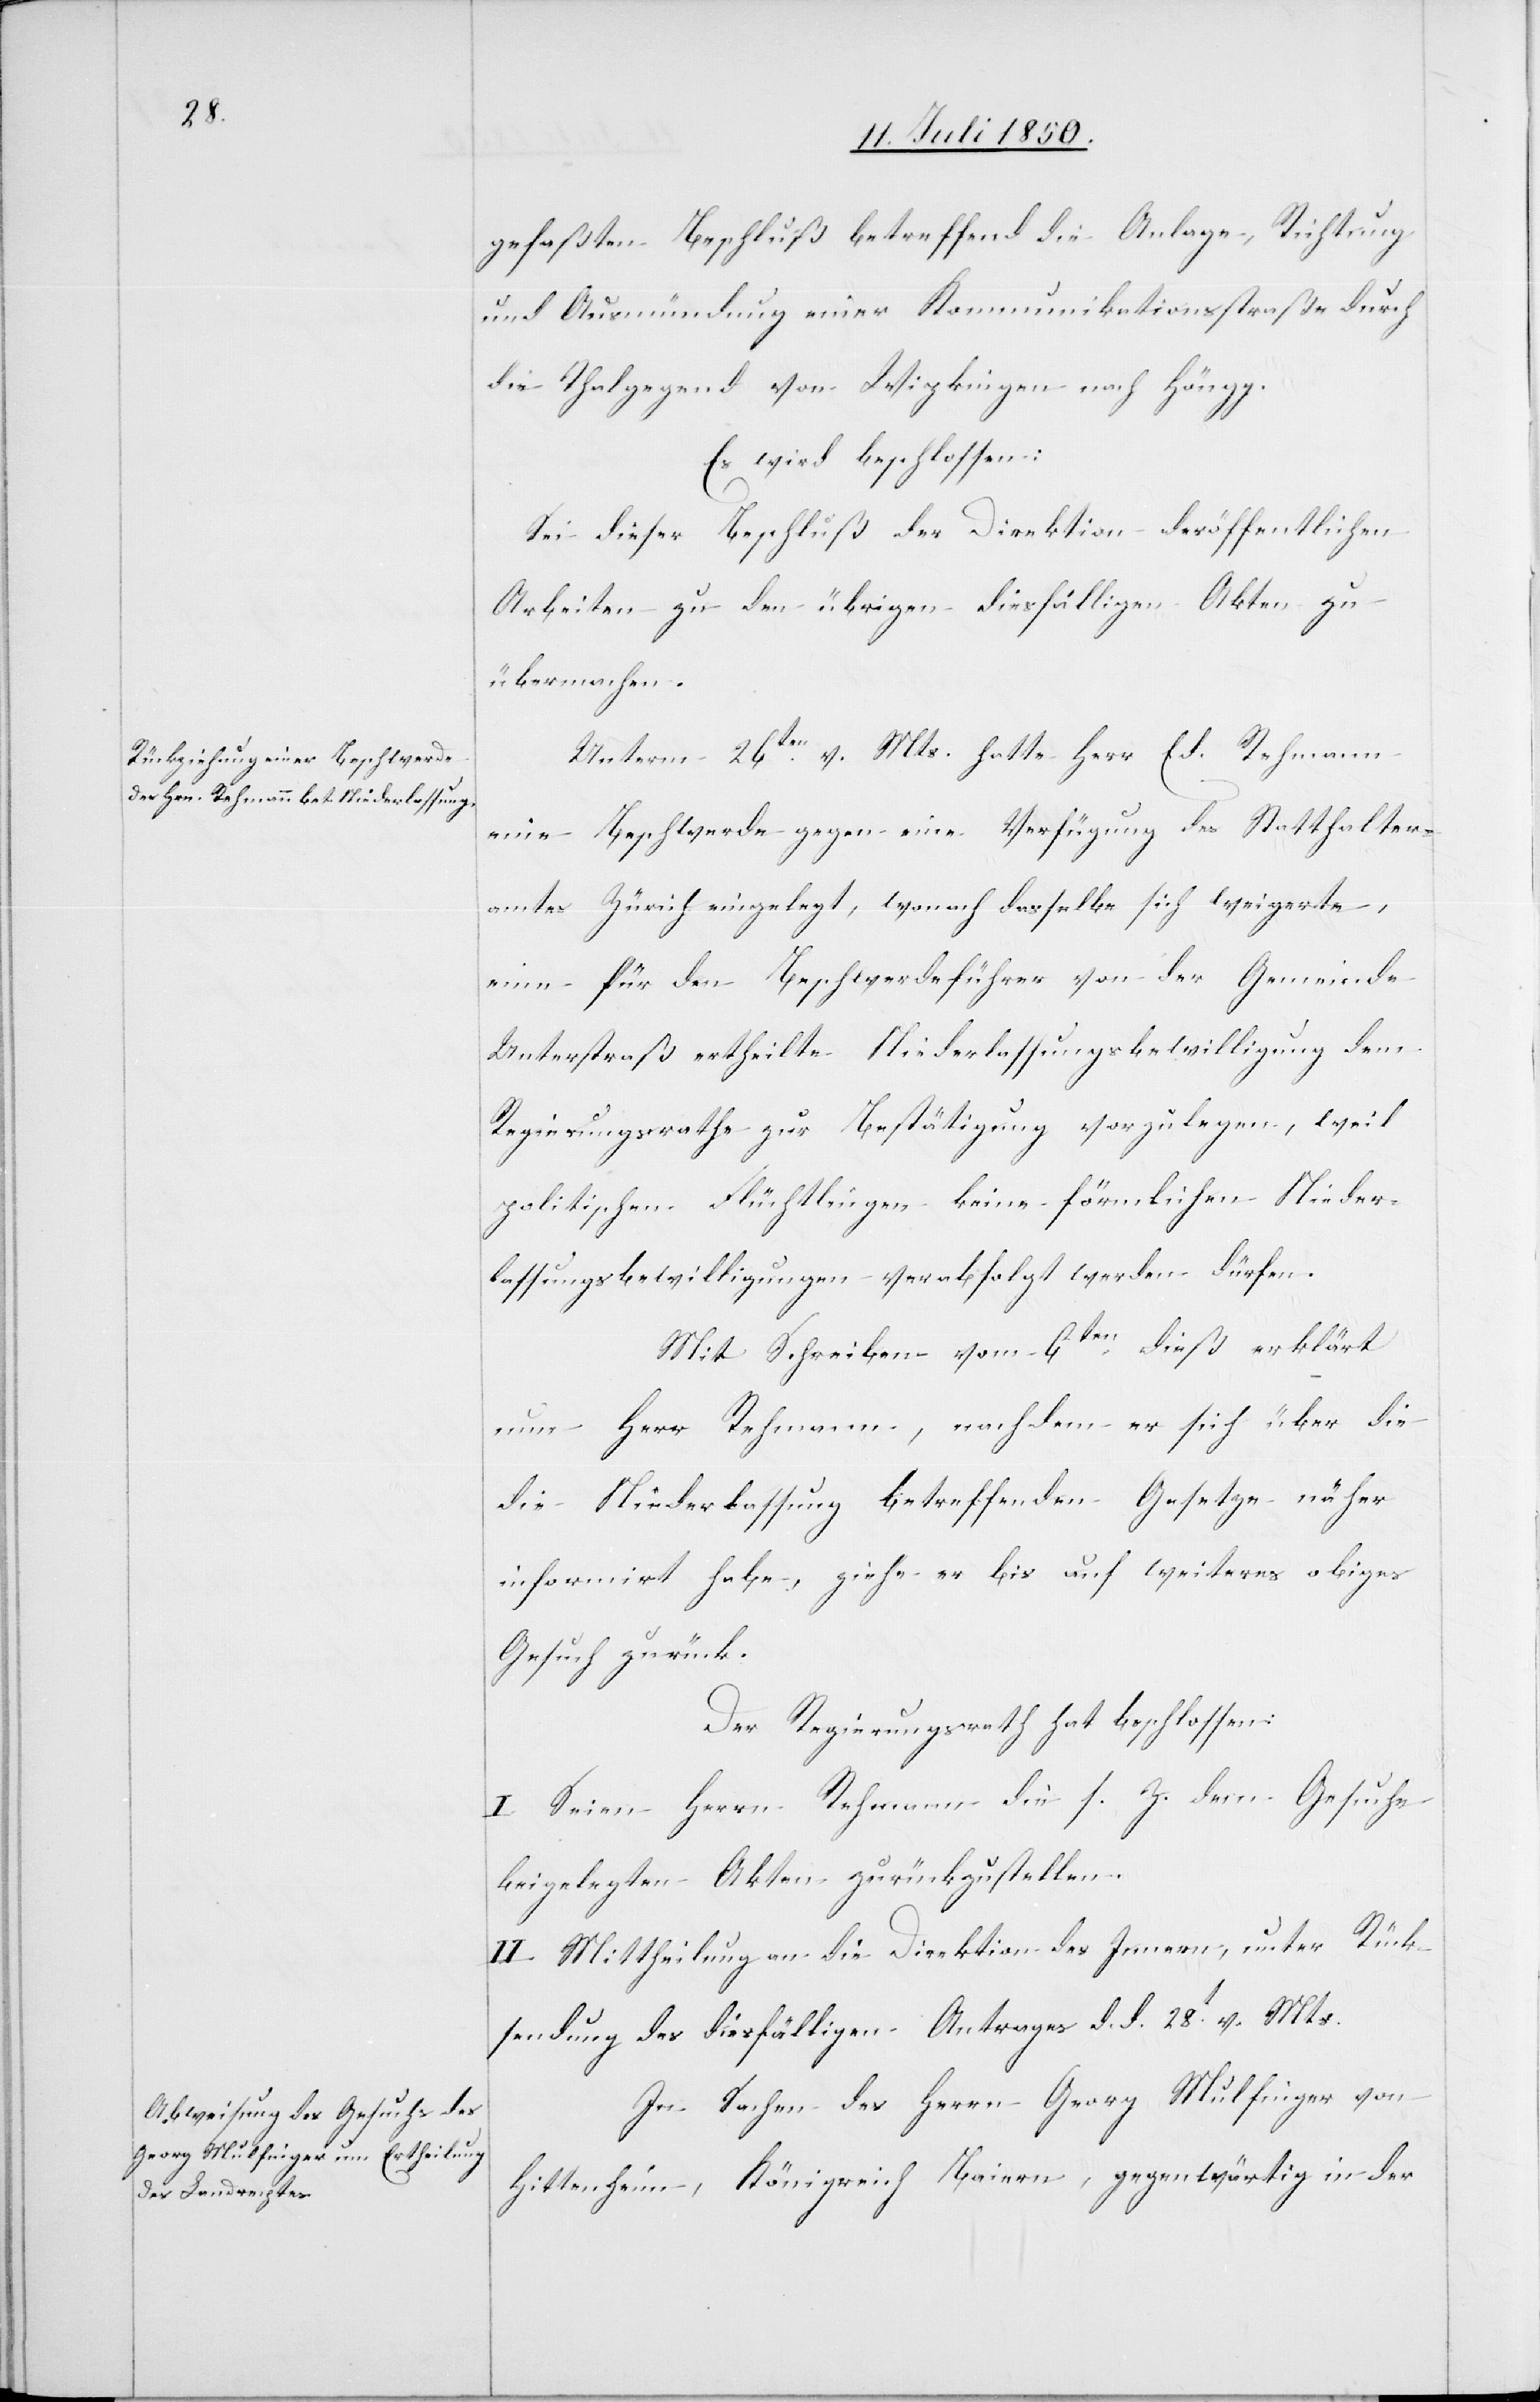
gefaßten Beschluß betreffend die Anlage, Richtung
und Ausmündung einer Kommunikationsstraße durch
die Thalgegend von Wipkingen nach Höngg.
Es wird beschlossen:
Sei dieser Beschluß der Direktion der öffentlichen
Arbeiten zu den übrigen diesfälligen Akten zu
übermachen.
Unterm 26ten v. Mts. hatte Herr Ed. Rehmann
eine Beschwerde gegen eine Verfügung des Statthalter¬
amtes Zürich eingelegt, wonach dasselbe sich weigerte,
eine für den Beschwerdeführer von der Gemeinde
Unterstraß ertheilte Niederlassungsbewilligung dem
Regierungsrathe zur Bestätigung vorzulegen, weil
politischen Flüchtlingen keine förmlichen Nieder¬
lassungsbewilligungen verabfolgt werden dürfen.
Mit Schreiben vom 6ten dieß erklärt
nun Herr Rehmann, nachdem er sich über die
die Niederlassung betreffenden Gesetze näher
informirt habe, ziehe er bis auf weiteres obiges
Gesuch zurück.
Der Regierungsrath hat beschlossen:
I. Seien Herrn Rehmann die s. Z. dem Gesuche
beigelegten Akten zurückzustellen.
II. Mittheilung an die Direktion des Innern, unter Rück¬
sendung des diesfälligen Antrages d. d. 28t v. Mts.
In Sachen des Herrn Georg Mulfinger von
Hittenheim, Königreich Baiern, gegenwärtig in der